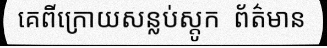
គេពីក្រោយសន្លប់ស្តូក  ព័ត៌មាន